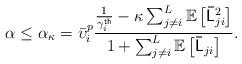
LaTeX: \begin{align*}\alpha\leq\alpha_{\kappa}=\bar{\upsilon}_{i}^{p}\dfrac{\frac{1}{\gamma_{i}^{\mathsf{th}}}-\kappa\sum_{j\neq i}^{L}\mathbb{E}\left[\mathsf{\bar{L}}_{ji}^{2}\right]}{1+\sum_{j\neq i}^{L}\mathbb{E}\left[\mathsf{\bar{L}}_{ji}\right]}.\end{align*}